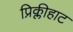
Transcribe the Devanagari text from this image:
प्रिक्लीहाट